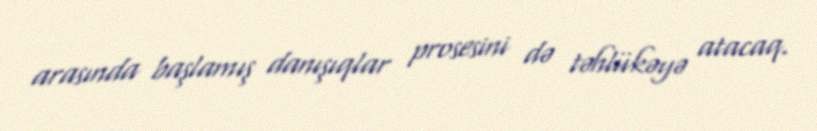
arasında başlamış danışıqlar prosesini də təhlükəyə atacaq.